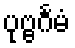
ပုဗ္ဗင်္ဂမံ